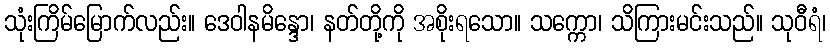
သုံးကြိမ်မြောက်လည်း။ ဒေဝါနမိန္ဒော၊ နတ်တို့ကို အစိုးရသော။ သက္ကော၊ သိကြားမင်းသည်။ သုဝီရံ၊